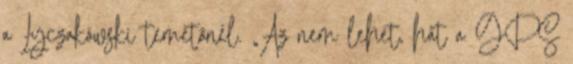
a Łyczakówski temetőnél. „Az nem lehet, hát a GPS